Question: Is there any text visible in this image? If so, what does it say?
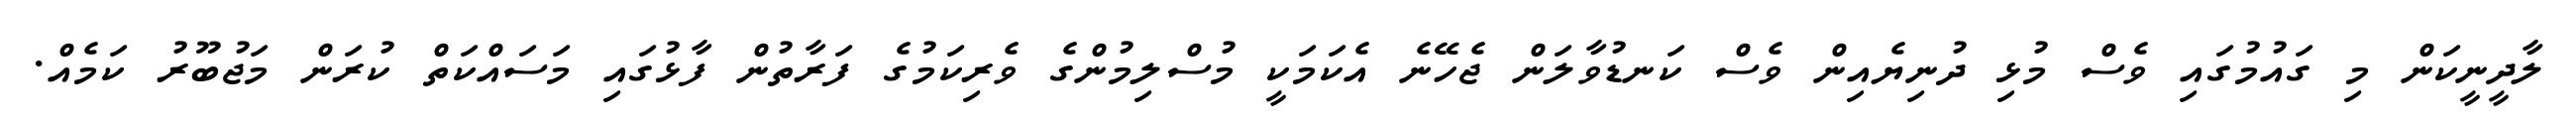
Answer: ލާދީނީކަން މި ގައުމުގައި ވެސް މުޅި ދުނިޔެއިން ވެސް ކަނޑުވާލަން ޖެހޭނެ އެކަމަކީ މުސްލިމުންގެ ވެރިކަމުގެ ފަރާތުން ފާޅުގައި މަސައްކަތް ކުރަން މަޖުބޫރު ކަމެއް.